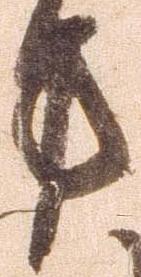
方